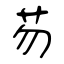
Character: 芴